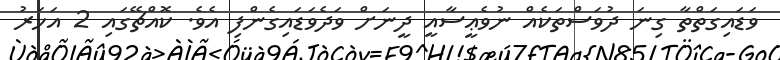
ވަޑައިގަތްތާ ގިނަ ދުވަސްތަކެއް ނުވެޢީސާއީ ދީނަށް ވަދެވަޑައިގެންފި އެވެ. ކޮއްޗޭގައި 2 އަހަރު